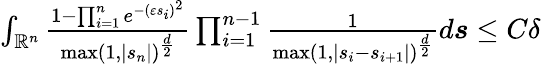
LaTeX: \begin{array}{r}{\int_{\mathbb{R}^{n}}\frac{1-\prod_{i=1}^{n}e^{-(\varepsilon s_{i})^{2}}}{\operatorname*{max}(1,|s_{n}|)^{\frac{d}{2}}}\prod_{i=1}^{n-1}\frac{1}{\operatorname*{max}(1,|s_{i}-s_{i+1}|)^{\frac{d}{2}}}d\boldsymbol{s}\leq C\delta}\end{array}